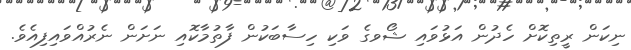
ނިކަން ރީތިކޮށް ހެދުން އަޅުވައި ޝޯވގެ ވަކި ހިސާބަކުން ފާތުމާކޮއި ނަށަން ނެރުއްވައިފިއެވެ.